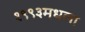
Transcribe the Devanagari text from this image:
१९९३मधला